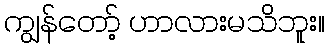
ကျွန်တော့် ဟာလားမသိဘူး။